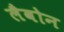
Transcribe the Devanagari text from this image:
लैवोन